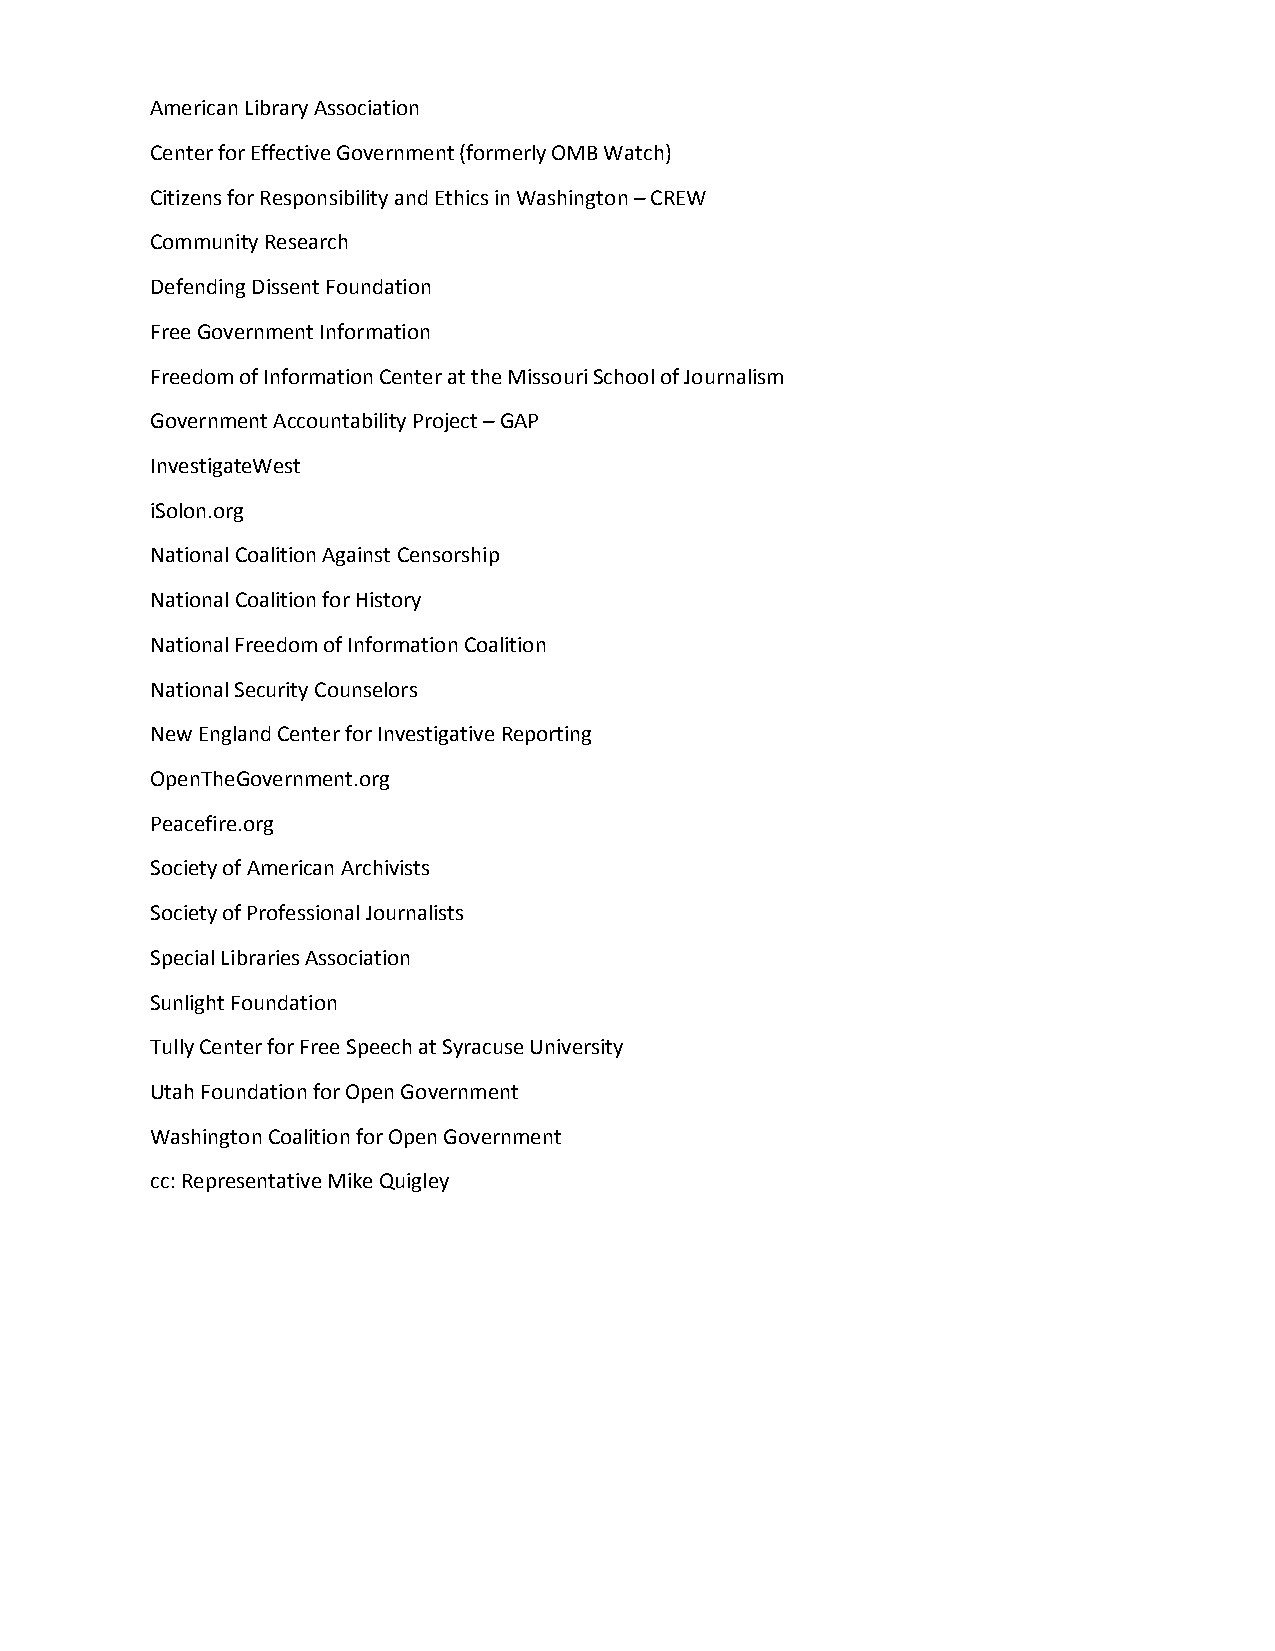
American Library Association
 Center for Effective Government (formerly OMB Watch)
 Citizens for Responsibility and Ethics in Washington – CREW
 Community Research
 Defending Dissent Foundation
 Free Government Information
 Freedom of Information Center at the Missouri School of Journalism
 Government Accountability Project – GAP
 InvestigateWest
 iSolon.org
 National Coalition Against Censorship
 National Coalition for History
 National Freedom of Information Coalition
 National Security Counselors
 New England Center for Investigative Reporting
 OpenTheGovernment.org
 Peacefire.org
 Society of American Archivists
 Society of Professional Journalists
 Special Libraries Association
 Sunlight Foundation
 Tully Center for Free Speech at Syracuse University
 Utah Foundation for Open Government
 Washington Coalition for Open Government
 cc: Representative Mike Quigley